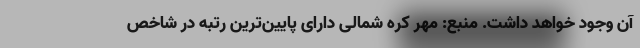
آن وجود خواهد داشت. منبع: مهر کره شمالی دارای پایین‌ترین رتبه در شاخص